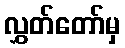
လွှတ်တော်မှ